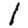
Digit: 1